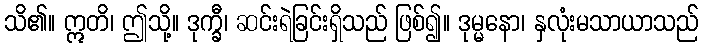
သိ၏။ ဣတိ၊ ဤသို့။ ဒုက္ခီ၊ ဆင်းရဲခြင်းရှိသည် ဖြစ်၍။ ဒုမ္မနော၊ နှလုံးမသာယာသည်